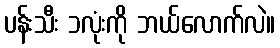
ပန်းသီး ၁လုံးကို ဘယ်လောက်လဲ။